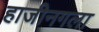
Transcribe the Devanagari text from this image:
हाजीनगला